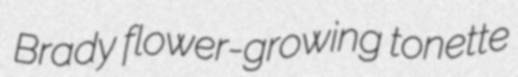
Brady flower-growing tonette